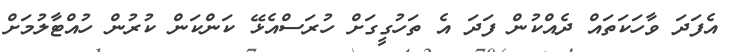
އެފަދަ ވާހަކަތައް ދެއްކުން ފަދަ އެ ތަހުގީގަށް ހުރަސްއެޅޭ ކަންކަން ކުރުން ހުއްޓާލުމަށް